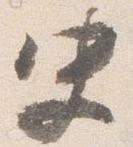
史